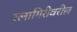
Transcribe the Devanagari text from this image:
रत्नागिरीवरील